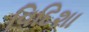
વિદિશા